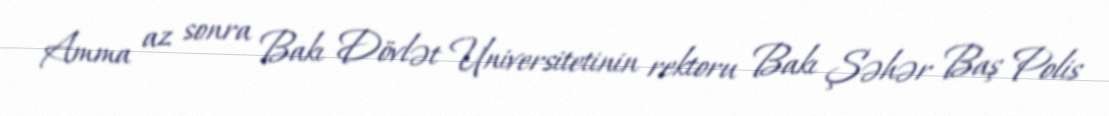
Amma az sonra Bakı Dövlət Universitetinin rektoru Bakı Şəhər Baş Polis